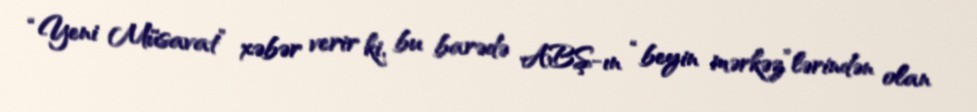
“Yeni Müsavat” xəbər verir ki, bu barədə ABŞ-ın “beyin mərkəz”lərindən olan